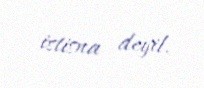
istisna deyil.